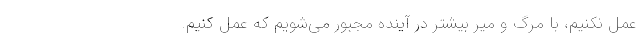
عمل نکنیم، با مرگ و میر بیشتر در آینده مجبور می‌شویم که عمل کنیم.